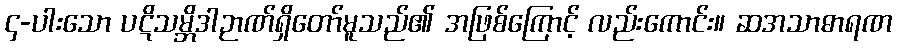
၄-ပါးသော ပဋိသမ္ဘိဒါဉာဏ်ရှိတော်မူသည်၏ အဖြစ်ကြောင့် လည်းကောင်း။ ဆအသာဓာရဏ